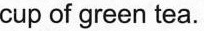
cup of green tea.